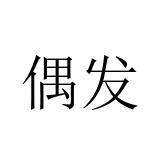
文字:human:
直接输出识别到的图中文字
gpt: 偶发